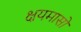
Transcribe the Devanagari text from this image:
क्षयमासों